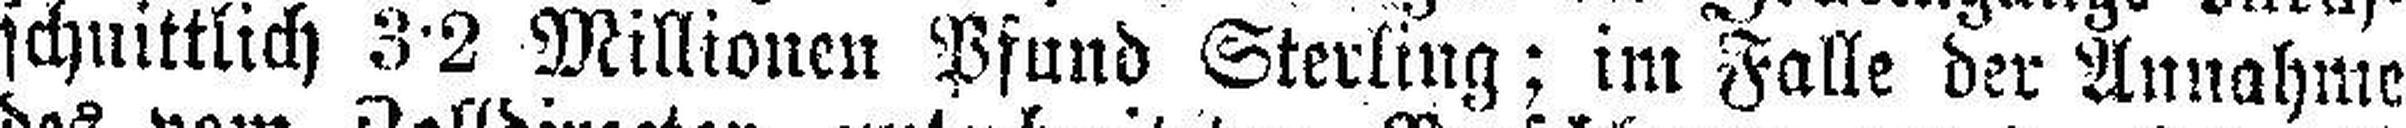
schnittlich 3•2 Millionen Pfund Sterling; im Falle der Annahme